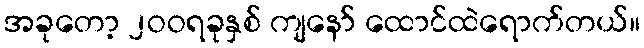
အခုတော့ ၂ဝဝရခုနှစ် ကျနော် ထောင်ထဲရောက်တယ်။